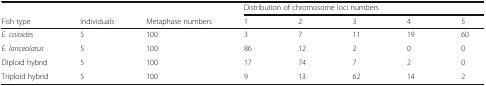
<table><thead><tr><td></td><td></td><td></td><td colspan="5"><b>Distribution of chromosome loci numbers</b></td></tr><tr><td><b>Fish type</b></td><td><b>Individuals</b></td><td><b>Metaphase numbers</b></td><td><b>1</b></td><td><b>2</b></td><td><b>3</b></td><td><b>4</b></td><td><b>5</b></td></tr></thead><tbody><tr><td><i>E. coioides</i></td><td>5</td><td>100</td><td>3</td><td>7</td><td>11</td><td>19</td><td>60</td></tr><tr><td><i>E. lanceolatus</i></td><td>5</td><td>100</td><td>86</td><td>12</td><td>2</td><td>0</td><td>0</td></tr><tr><td>Diploid hybrid</td><td>5</td><td>100</td><td>17</td><td>74</td><td>7</td><td>2</td><td>0</td></tr><tr><td>Triploid hybrid</td><td>5</td><td>100</td><td>9</td><td>13</td><td>62</td><td>14</td><td>2</td></tr></tbody></table>